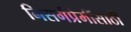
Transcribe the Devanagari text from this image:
निसर्गप्रेमींसाठी